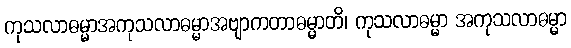
ကုသလာဓမ္မာအကုသလာဓမ္မာအဗျာကတာဓမ္မာတိ၊ ကုသလာဓမ္မာ အကုသလာဓမ္မာ